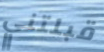
قبلتني